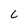
Character: C